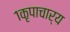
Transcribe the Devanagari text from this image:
१कृपाचार्य